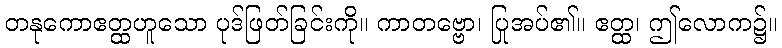
တနုကောဧတ္ထဟူသော ပုဒ်ဖြတ်ခြင်းကို။ ကာတဗ္ဗော၊ ပြုအပ်၏။ ဧတ္ထ၊ ဤလောက၌။